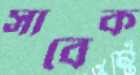
সাবেক